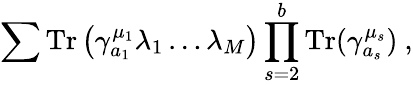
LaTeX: \sum\mathrm{Tr}\left(\gamma_{a_{1}}^{\mu_{1}}\lambda_{1}\dots\lambda_{M}\right)\prod_{s=2}^{b}\mathrm{Tr}(\gamma_{a_{s}}^{\mu_{s}})~,